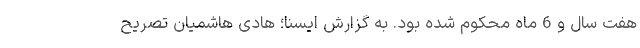
هفت سال و 6 ماه محکوم شده بود. به گزارش ایسنا؛ هادی هاشمیان تصریح